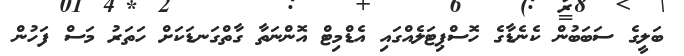
ބަލީގެ ސަބަބުން ކެނެޑާގެ ހޮސްޕިޓަލެއްގައި އެޑްމިޓް އޮންނަތާ ގާތްގަނޑަކަށް ހަތަރު މަސް ފަހުން